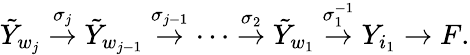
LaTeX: \tilde{Y}_{w_{j}}\stackrel{\sigma_{j}}{\rightarrow}\tilde{Y}_{w_{j-1}}\stackrel{\sigma_{j-1}}{\rightarrow}\cdots\stackrel{\sigma_{2}}{\rightarrow}\tilde{Y}_{w_{1}}\stackrel{\sigma_{1}^{-1}}{\rightarrow}Y_{i_{1}}\rightarrow F.